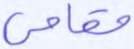
مقامي